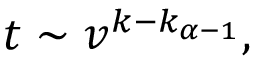
t \sim v ^ { k - k _ { \alpha - 1 } } ,